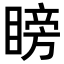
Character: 𥉣